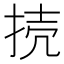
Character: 𢭜